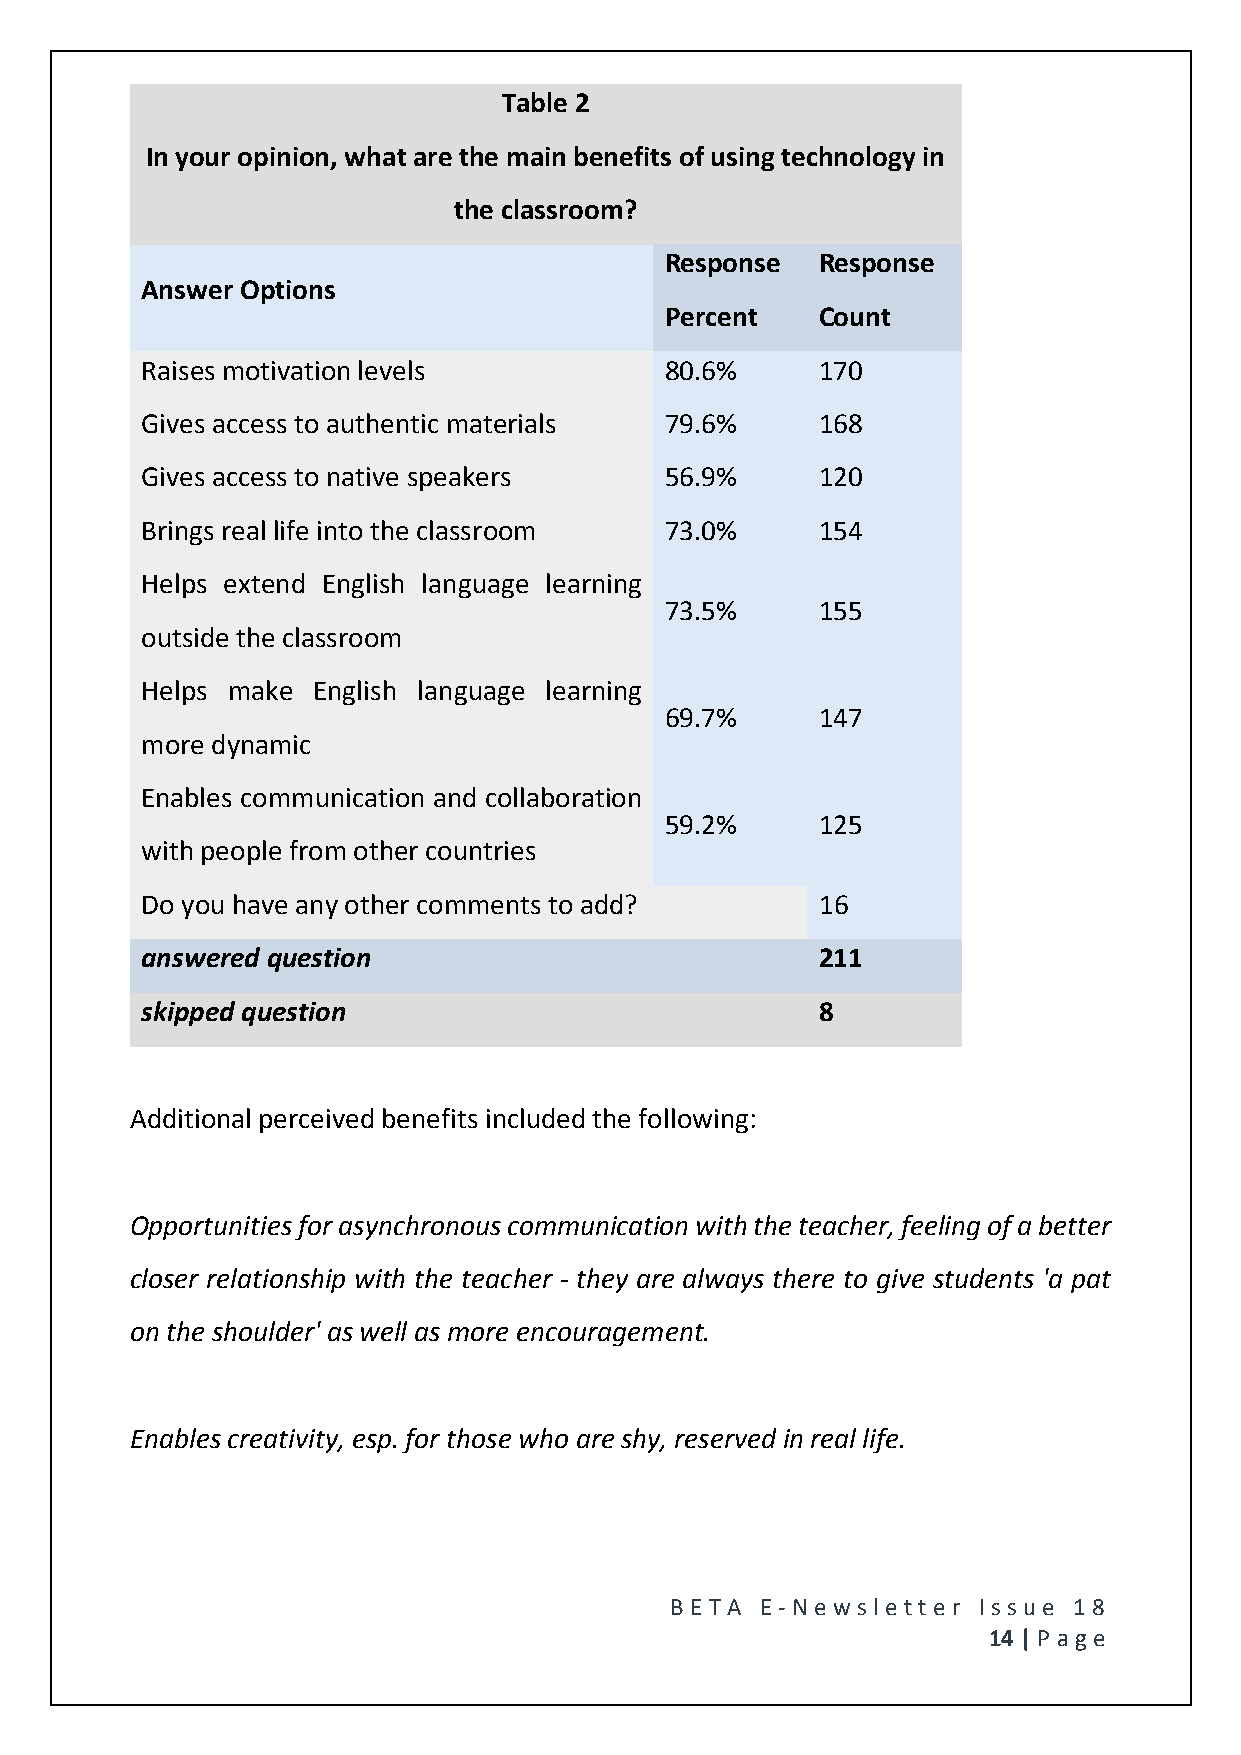
Table 2
 In your opinion, what are the main benefits of using technology in
 the classroom?
 Response  Response
 Answer Options
 Percent   Count
 Raises motivation levels           80.6%     170
 Gives access to authentic materials 79.6%    168
 Gives access to native speakers    56.9%     120
 Brings real life into the classroom 73.0%    154
 Helps extend English language learning
 73.5%     155
 outside the classroom
 Helps make  English language learning
 69.7%     147
 more dynamic
 Enables communication and collaboration
 59.2%     125
 with people from other countries
 Do you have any other comments to add?       16
 answered question                            211
 skipped question                             8
 Additional perceived benefits included the following:
 Opportunities for asynchronous communication with the teacher, feeling of a better
 closer relationship with the teacher - they are always there to give students 'a pat
 on the shoulder' as well as more encouragement.
 Enables creativity, esp. for those who are shy, reserved in real life.
 BE T A E -N e wsle tt e r Issue 18
 14 | P age